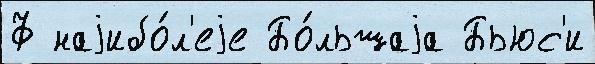
Ф наjибо́л'еjе Бо́льшаjа Бьюс'и